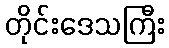
တိုင်းဒေသကြီး